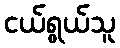
ငယ်ရွယ်သူ